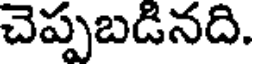
చెప్పబడినది.